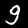
Label: 9